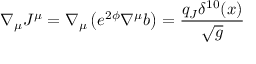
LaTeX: \nabla _ { \mu } J ^ { \mu } = \nabla _ { \mu } \left( e ^ { 2 \phi } \nabla ^ { \mu } b \right) = \frac { q _ { J } \delta ^ { 1 0 } ( x ) } { \sqrt { g } }